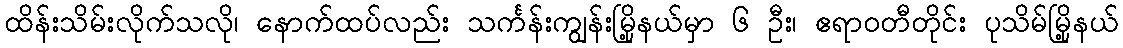
ထိန်းသိမ်းလိုက်သလို၊ နောက်ထပ်လည်း သင်္ကန်းကျွန်းမြို့နယ်မှာ ၆ ဦး၊ ဧရာဝတီတိုင်း ပုသိမ်မြို့နယ်